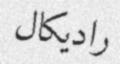
راديكال